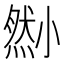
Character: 𡮫